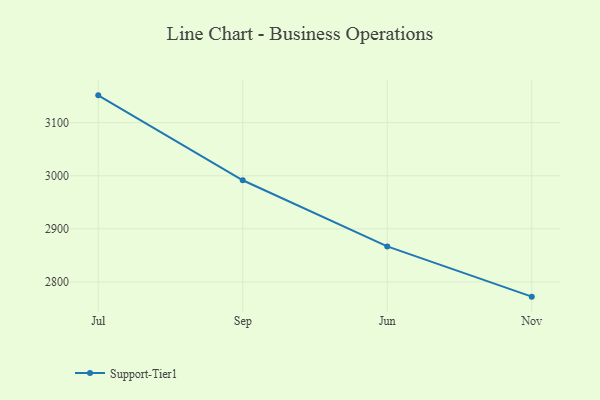
{"axis": {"x": "Month", "y": "LTV (USD)"}, "legend": ["Support-Tier1"], "data": [{"x": "Jul", "y": 3151.4, "type": "Support-Tier1"}, {"x": "Sep", "y": 2991.5, "type": "Support-Tier1"}, {"x": "Jun", "y": 2866.9, "type": "Support-Tier1"}, {"x": "Nov", "y": 2772.3, "type": "Support-Tier1"}]}